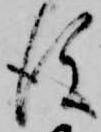
後